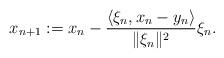
LaTeX: \begin{align*}x_{n+1}:=x_n-\frac{\langle \xi_n,x_n-y_n\rangle}{\|\xi_n\|^2}\xi_n.\end{align*}